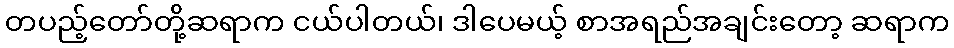
တပည့်တော်တို့ဆရာက ငယ်ပါတယ်၊ ဒါပေမယ့် စာအရည်အချင်းတော့ ဆရာက